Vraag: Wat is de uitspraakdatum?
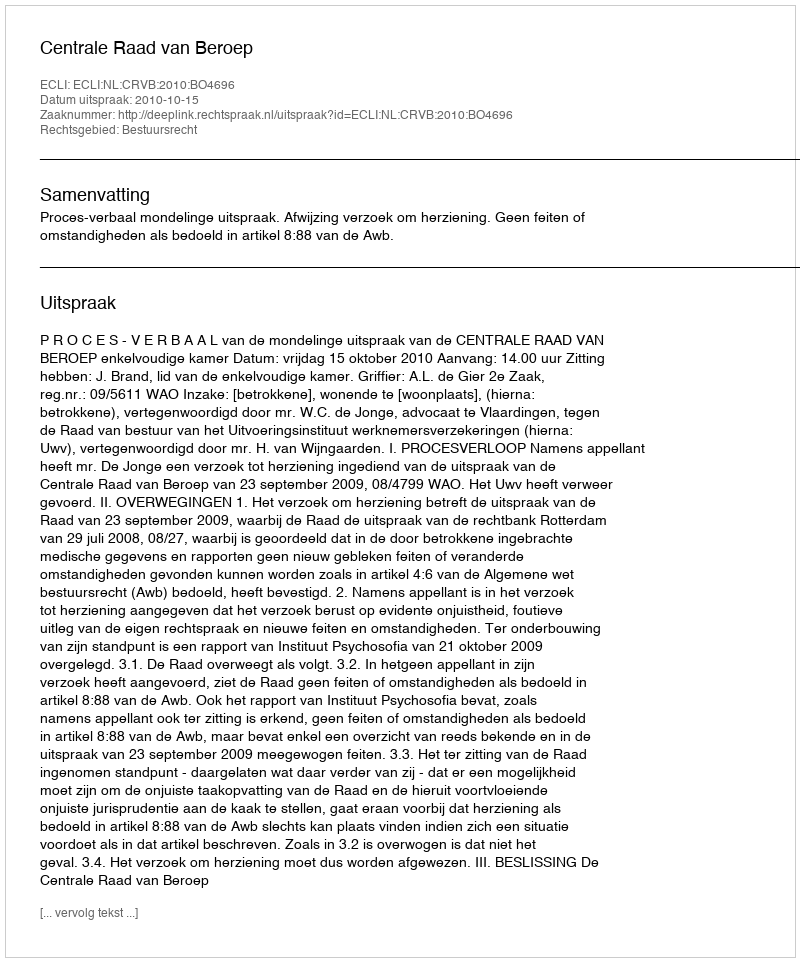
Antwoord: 2010-10-15